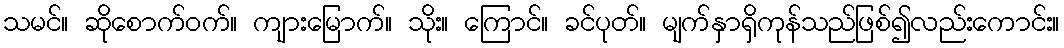
သမင်။ ဆိုစောက်ဝက်။ ကျားမြောက်။ သိုး။ ကြောင်။ ခင်ပုတ်။ မျက်နှာရှိကုန်သည်ဖြစ်၍လည်းကောင်း။